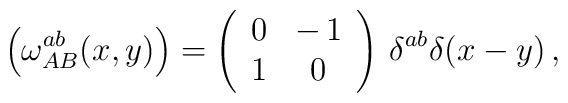
\Bigl(\omega_{AB}^{ab}(x,y)\Bigr)=\left(\begin{array}{cc}0&-\,1\\1&0\end{array}\right)\,\delta^{ab}\delta(x-y)\,,